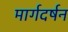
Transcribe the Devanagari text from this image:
मार्गदर्षन